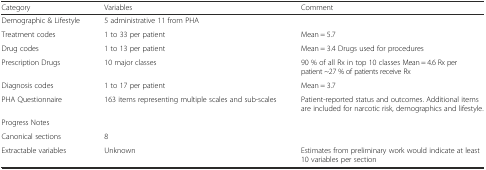
<table><thead><tr><td><b>Category</b></td><td><b>Variables</b></td><td><b>Comment</b></td></tr></thead><tbody><tr><td>Demographic &amp; Lifestyle</td><td>5 administrative 11 from PHA</td><td></td></tr><tr><td>Treatment codes</td><td>1 to 33 per patient</td><td>Mean = 5.7</td></tr><tr><td>Drug codes</td><td>1 to 13 per patient</td><td>Mean = 3.4 Drugs used for procedures</td></tr><tr><td>Prescription Drugs</td><td>10 major classes</td><td>90 % of all Rx in top 10 classes Mean = 4.6 Rx per patient ~27 % of patients receive Rx</td></tr><tr><td>Diagnosis codes</td><td>1 to 17 per patient</td><td>Mean = 3.7</td></tr><tr><td>PHA Questionnaire</td><td>163 items representing multiple scales and sub-scales</td><td>Patient-reported status and outcomes. Additional items are included for narcotic risk, demographics and lifestyle.</td></tr><tr><td>Progress Notes</td><td></td><td></td></tr><tr><td>Canonical sections</td><td>8</td><td></td></tr><tr><td>Extractable variables</td><td>Unknown</td><td>Estimates from preliminary work would indicate at least 10 variables per section</td></tr></tbody></table>